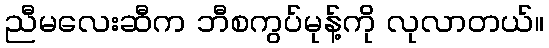
ညီမလေးဆီက ဘီစကွပ်မုန့်ကို လုလာတယ်။